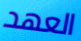
العهد